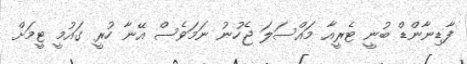
ފާޑިނާންޑް ބުނީ ޓެރީއާ މައްސަލަ ޖެހުނު ނަމަވެސް އޭނާ ހުރީ ގައުމީ ޓީމަށް